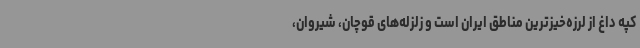
کپه داغ از لرزه‌خیزترین مناطق ایران است و زلزله‌های قوچان، شیروان،